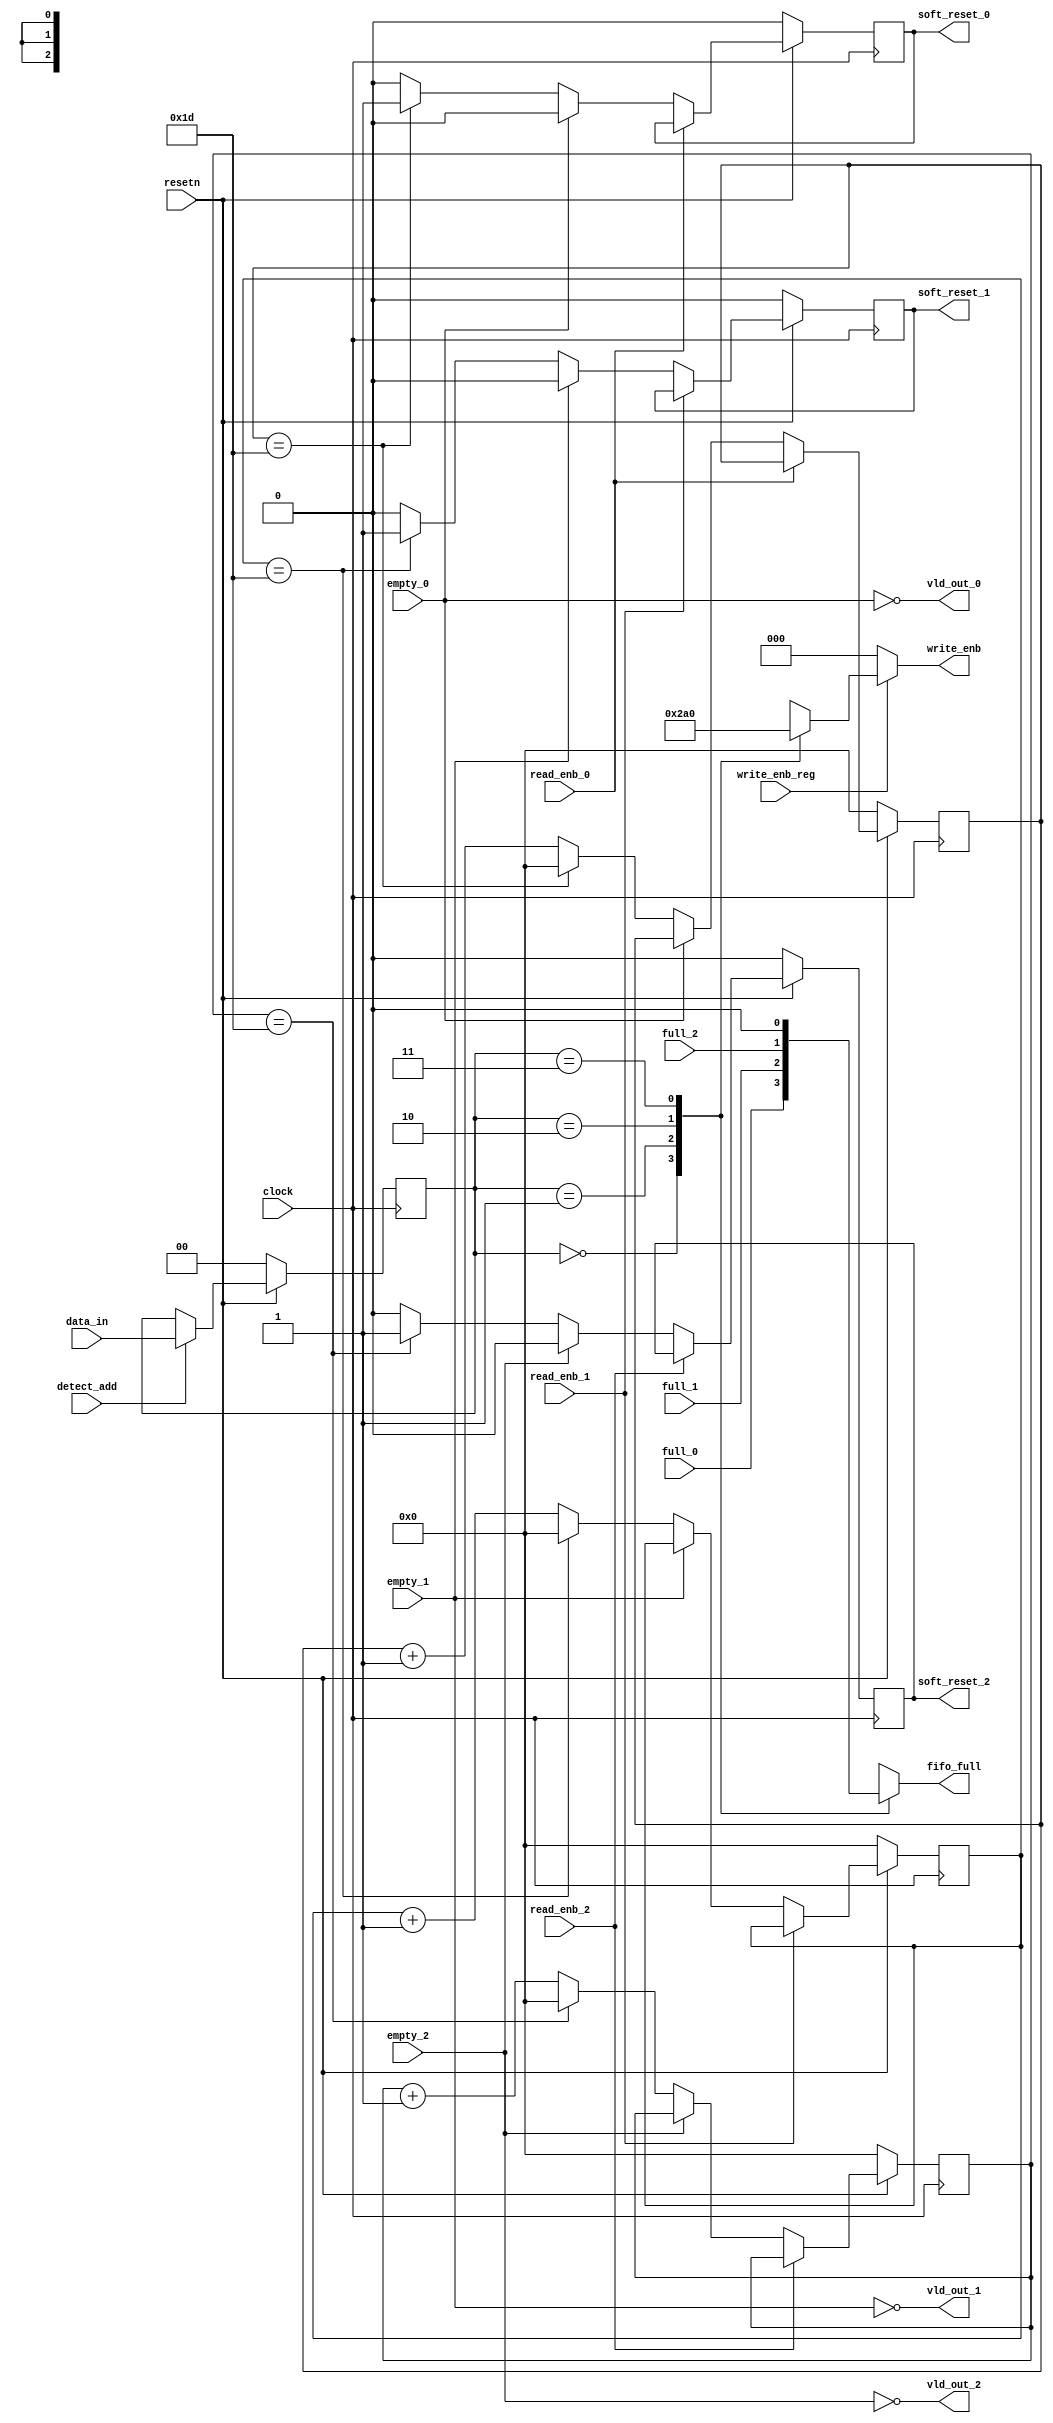
module router_sync(input clock, resetn, detect_add, 
	full_0, full_1, full_2, 
	empty_0, empty_1, empty_2, write_enb_reg, read_enb_0, read_enb_1, read_enb_2, 
	input [1:0]data_in,
	output reg[2:0]write_enb,
	output reg fifo_full, soft_reset_0, soft_reset_1, soft_reset_2, 
	output vld_out_1, vld_out_2,vld_out_0);

reg [4:0]count_0,count_1,count_2;
reg [1:0]temp;
		
		always@(posedge clock) //temp address logic
			begin
			if(~resetn)
			temp<=0;
			else if(detect_add)
			temp<= data_in;
			end

		always@*
			begin
			if(write_enb_reg)	// write enable logic
				begin
				case(temp)
				2'b00 : write_enb = 3'b001;
				2'b01 : write_enb = 3'b010;
				2'b10 : write_enb = 3'b100;
				2'b11 : write_enb = 3'b000;
				endcase
				end
			else 
				write_enb =0;
			end

				always@*	// fifo_full logic
					begin
					case (temp)	
					2'b00 : fifo_full= full_0;
					2'b01 : fifo_full =full_1;
					2'b10 : fifo_full= full_2;
					2'b11 : fifo_full =0;
					endcase
				end

assign vld_out_0=~empty_0;
assign vld_out_1=~empty_1;
assign vld_out_2=~empty_2;

		always@(posedge clock)	//up counter0 soft reset logic
				begin
				if(~resetn)
				begin
					count_0<=0;
					soft_reset_0<=0;
				end
				else if(~read_enb_0)
				begin
				if(vld_out_0)
				begin
				if(count_0==29)
					begin
					soft_reset_0<=1'b1;
					count_0<=0;
					end
				else
					begin
					soft_reset_0<=1'b0;
					count_0<=count_0+1'b1;
					end
				end
				else 
					soft_reset_0<=0;
				end
				end

	always@(posedge clock)	//up counter1 soft reset logic
			begin
			if(~resetn)
			begin
			count_1<=0;
			soft_reset_1<=0;
			end
			else if(~read_enb_1)
			begin
			if(vld_out_1)
			begin
			if(count_1==29)
			begin
			soft_reset_1<=1'b1;
			count_1<=0;
			end
			else
			begin
			soft_reset_1<=1'b0;
			count_1<=count_1+1'b1;
			end
			end
			else 
			soft_reset_1<=0;
			end
			end

	always@(posedge clock)	//up counter2 soft reset logic
			begin
			if(~resetn)
			begin
			count_2<=0;
			soft_reset_2<=0;
			end
			else if(~read_enb_2)
			begin
			if(vld_out_2)
			begin
			if(count_2==29)
			begin
			soft_reset_2<=1'b1;
			count_2<=0;
			end
			else
			begin
			soft_reset_2<=1'b0;
			count_2<=count_2+1'b1;
			end
			end
			else 
			soft_reset_2<=0;
			end
			end
endmodule